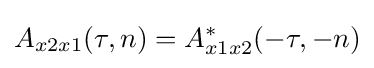
A_{x2x1}(\tau ,n)=A_{x1x2}^{*}(-\tau ,-n)